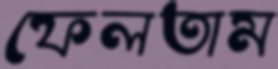
ফেলতাম